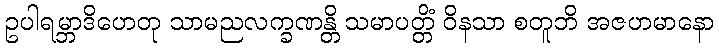
ဥပါရမ္ဘာဒိဟေတု သာမညလက္ခဏန္တိ သမာပတ္တိံ ဝိနသာ စတူဘိ အဇဟမာနော